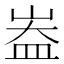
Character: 𪨻